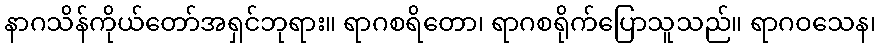
နာဂသိန်ကိုယ်တော်အရှင်ဘုရား။ ရာဂစရိတော၊ ရာဂစရိုက်ပြောသူသည်။ ရာဂဝသေန၊